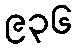
၉၃၆